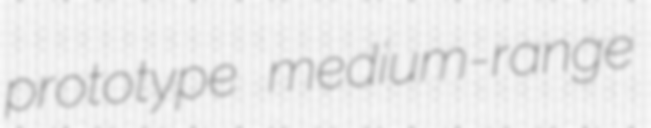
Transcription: prototype medium-range